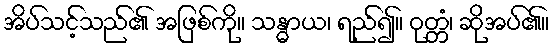
အိပ်သင့်သည်၏ အဖြစ်ကို။ သန္ဓာယ၊ ရည်၍။ ဝုတ္တံ၊ ဆိုအပ်၏။